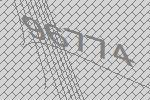
96774